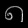
Digit: ၈